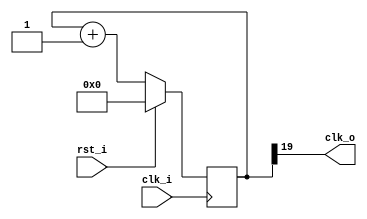
module clk_gen_19 #(
    parameter res    = 20,    
    parameter phase  =  1     
  )(
    input      clk_i, 
    input      rst_i,
    output     clk_o  
  );
  reg [res-1:0] cnt;
  assign clk_o = cnt[res-1];
  always @(posedge clk_i)
    cnt <= rst_i ? {res{1'b0}} : (cnt + phase);
endmodule